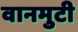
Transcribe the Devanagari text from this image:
वानमुटी